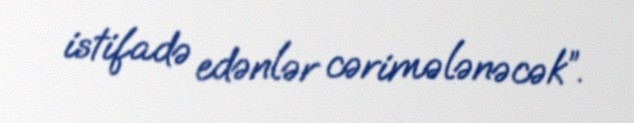
istifadə edənlər cərimələnəcək”.